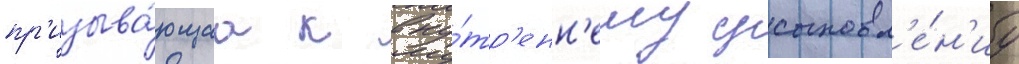
пр'изыва́ющаа к вну́тр'енн'ему усыновл'е́н'иу